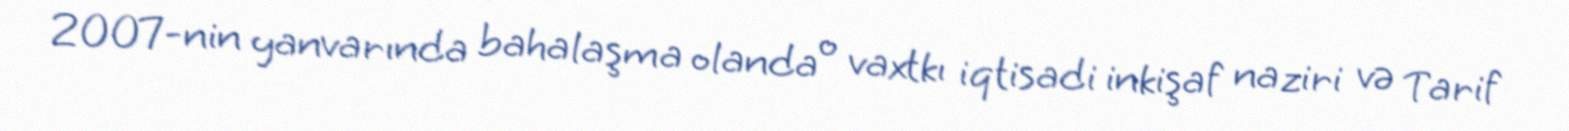
2007-nin yanvarında bahalaşma olanda o vaxtkı iqtisadi inkişaf naziri və Tarif